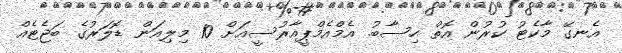
އެނގޭ މާކެޓު ކުރުން އޮތް ހިސާބު. އެމްއެމްޕީއާރުސީއަށް 10 މިލިއަން ޑޮލަރުގެ ބަޖެޓެއް